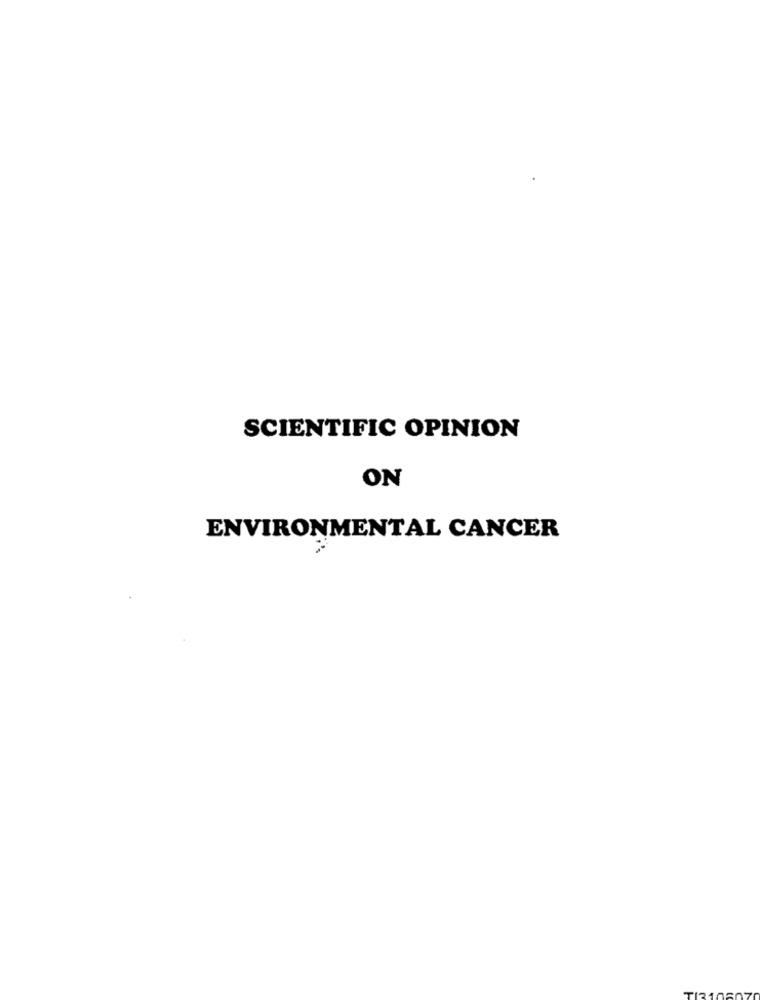
SCIENTIFIC OPINION
ON
ENVIRONMENTAL CANCER